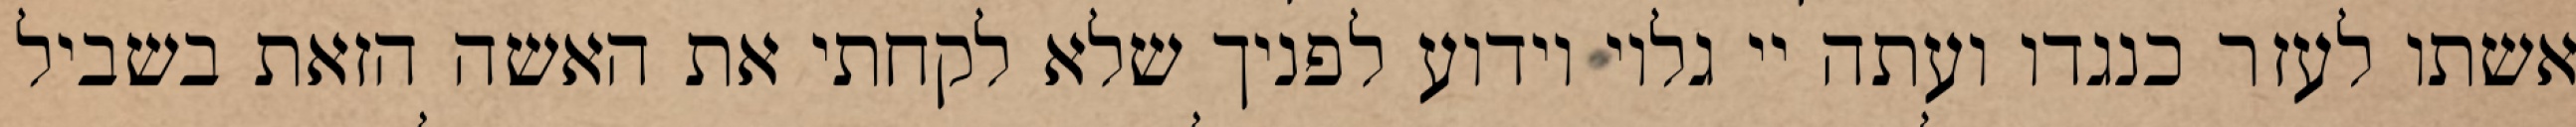
אשתו לעזר כנגדו ועתה יי גלוי וידוע לפניך שלא לקחתי את האשה הזאת בשביל